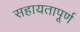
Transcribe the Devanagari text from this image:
सहायतापूर्ण